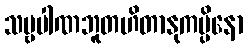
သဗ္ဗပါဏဘူတဟိတာနုကမ္ပိနော